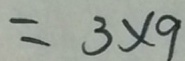
= 3 \times 9